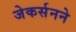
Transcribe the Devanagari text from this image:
जेकर्सनने